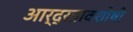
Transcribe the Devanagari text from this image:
आर्द्रतावशोषी